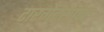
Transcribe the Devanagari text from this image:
टारगेटसॉफ्ट